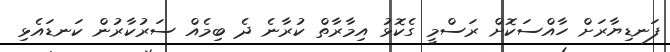
ފަނޑިޔާރަށް ހާއްސަކޮށް ރަސްމީ ގެކޮޅު އިމާރާތް ކުރާނެ ދެ ބިމެއް ސަރުކާރުން ކަނޑައެޅި